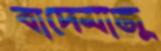
বাদেমাজু